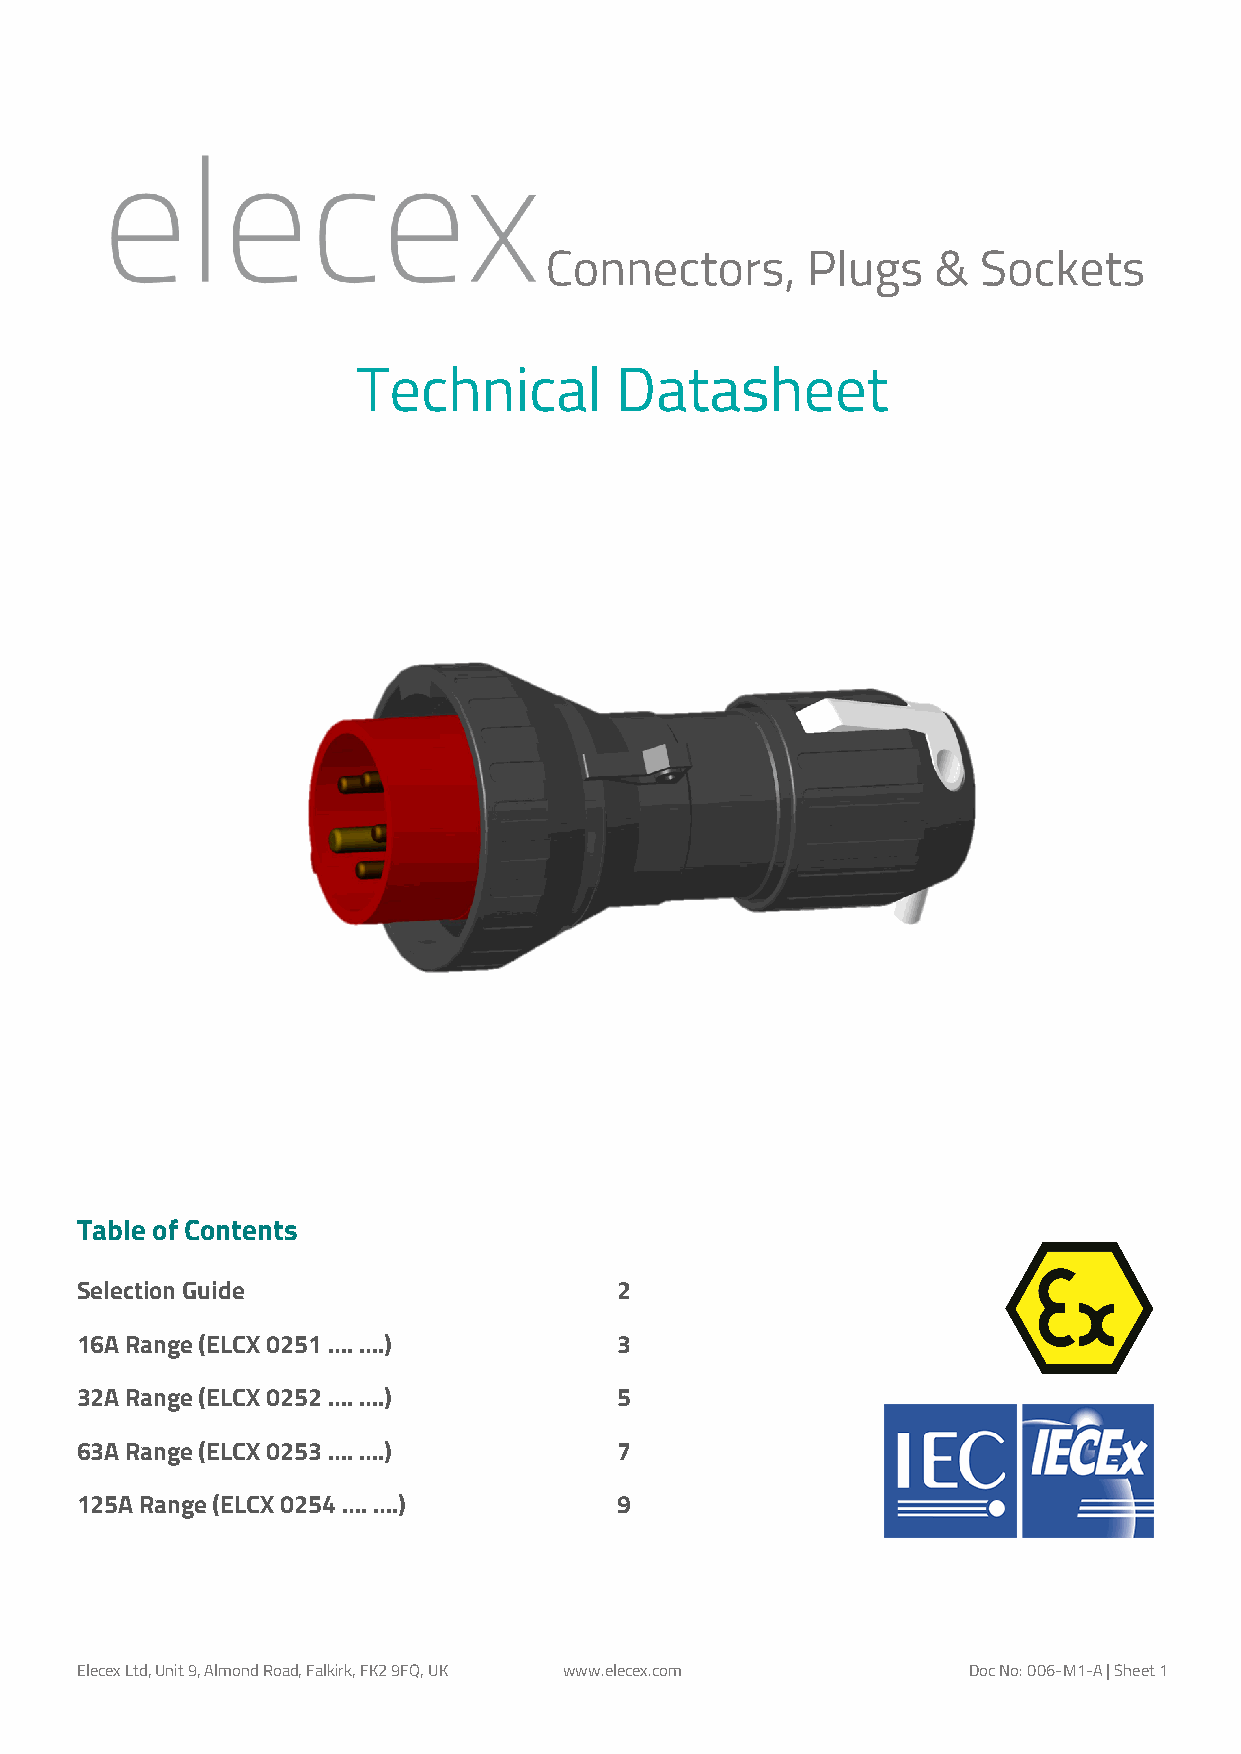
Connectors,      Plugs    &  Sockets
 Technical        Datasheet
 Table of Contents
 Selection Guide                     2
 16A Range (ELCX 0251 …. ….)         3
 32A Range (ELCX 0252 …. ….)         5
 63A Range (ELCX 0253 …. ….)         7
 125A Range (ELCX 0254 …. ….)        9
 Elecex Ltd, Unit 9, Almond Road, Falkirk, FK2 9FQ, UK www.elecex.com Doc No: 006-M1-A | Sheet 1